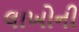
લાખોની